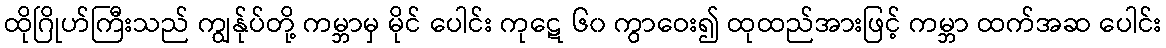
ထိုဂြိုဟ်ကြီးသည် ကျွန်ုပ်တို့ ကမ္ဘာမှ မိုင် ပေါင်း ကုဋေ ၆၀ ကွာဝေး၍ ထုထည်အားဖြင့် ကမ္ဘာ ထက်အဆ ပေါင်း